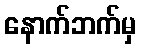
နောက်ဘက်မှ